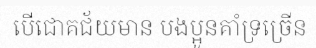
បើជោគជ័យមាន បងប្អូនគាំទ្រច្រើន